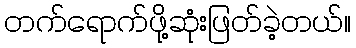
တက်ရောက်ဖို့ဆုံးဖြတ်ခဲ့တယ်။